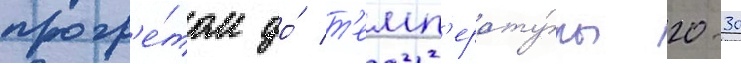
прогр'е́том до́ т'емп'ерату́ры 20-30